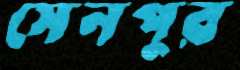
সেনপুর